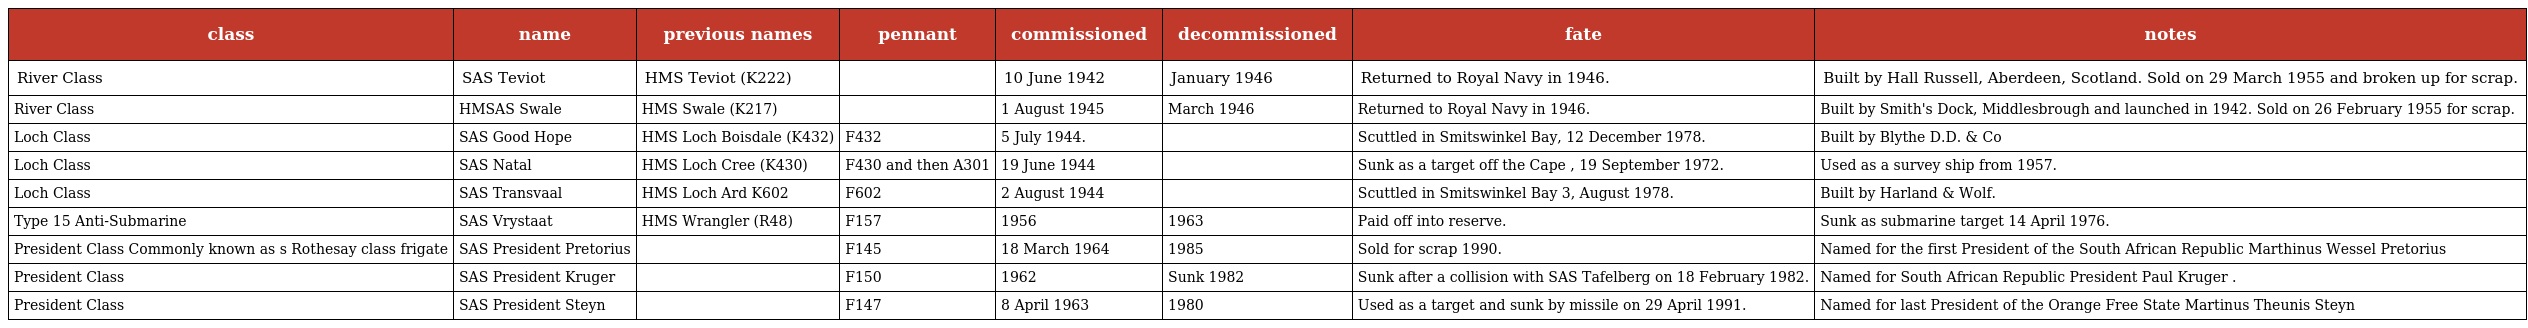
| class | name | previous names | pennant | commissioned | decommissioned | fate | notes |
 | --- | --- | --- | --- | --- | --- | --- | --- |
 | River Class | SAS Teviot | HMS Teviot (K222) |  | 10 June 1942 | January 1946 | Returned to Royal Navy in 1946. | Built by Hall Russell, Aberdeen, Scotland. Sold on 29 March 1955 and broken up for scrap. |
 | River Class | HMSAS Swale | HMS Swale (K217) |  | 1 August 1945 | March 1946 | Returned to Royal Navy in 1946. | Built by Smith's Dock, Middlesbrough and launched in 1942. Sold on 26 February 1955 for scrap. |
 | Loch Class | SAS Good Hope | HMS Loch Boisdale (K432) | F432 | 5 July 1944. |  | Scuttled in Smitswinkel Bay, 12 December 1978. | Built by Blythe D.D. & Co |
 | Loch Class | SAS Natal | HMS Loch Cree (K430) | F430 and then A301 | 19 June 1944 |  | Sunk as a target off the Cape , 19 September 1972. | Used as a survey ship from 1957. |
 | Loch Class | SAS Transvaal | HMS Loch Ard K602 | F602 | 2 August 1944 |  | Scuttled in Smitswinkel Bay 3, August 1978. | Built by Harland & Wolf. |
 | Type 15 Anti-Submarine | SAS Vrystaat | HMS Wrangler (R48) | F157 | 1956 | 1963 | Paid off into reserve. | Sunk as submarine target 14 April 1976. |
 | President Class Commonly known as s Rothesay class frigate | SAS President Pretorius |  | F145 | 18 March 1964 | 1985 | Sold for scrap 1990. | Named for the first President of the South African Republic Marthinus Wessel Pretorius |
 | President Class | SAS President Kruger |  | F150 | 1962 | Sunk 1982 | Sunk after a collision with SAS Tafelberg on 18 February 1982. | Named for South African Republic President Paul Kruger . |
 | President Class | SAS President Steyn |  | F147 | 8 April 1963 | 1980 | Used as a target and sunk by missile on 29 April 1991. | Named for last President of the Orange Free State Martinus Theunis Steyn |